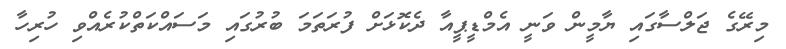
މިރޭގެ ޖަލްސާގައި ޔާމީން ވަނީ އެމްޑީޕީއާ ދެކޮޅަށް ފުރަތަމަ ބުރުގައި މަސައްކަތްކުރެއްވި ހުރިހާ